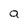
Character: a